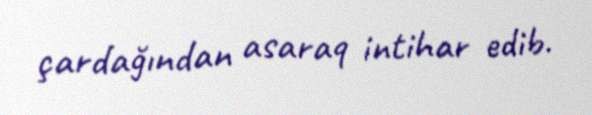
çardağından asaraq intihar edib.